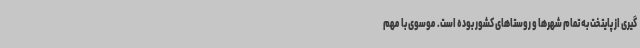
گیری از پایتخت به تمام شهرها و روستاهای کشور بوده است. موسوی با مهم